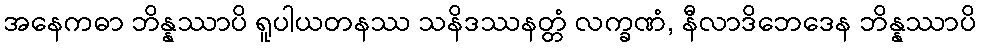
အနေကဓာ ဘိန္နဿာပိ ရူပါယတနဿ သနိဒဿနတ္တံ လက္ခဏံ, နီလာဒိဘေဒေန ဘိန္နဿာပိ